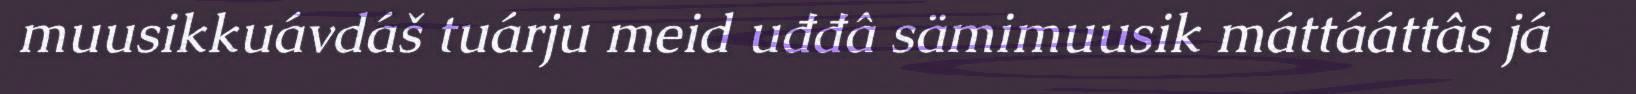
muusikkuávdáš tuárju meid uđđâ sämimuusik máttááttâs já